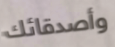
وأصدقائك